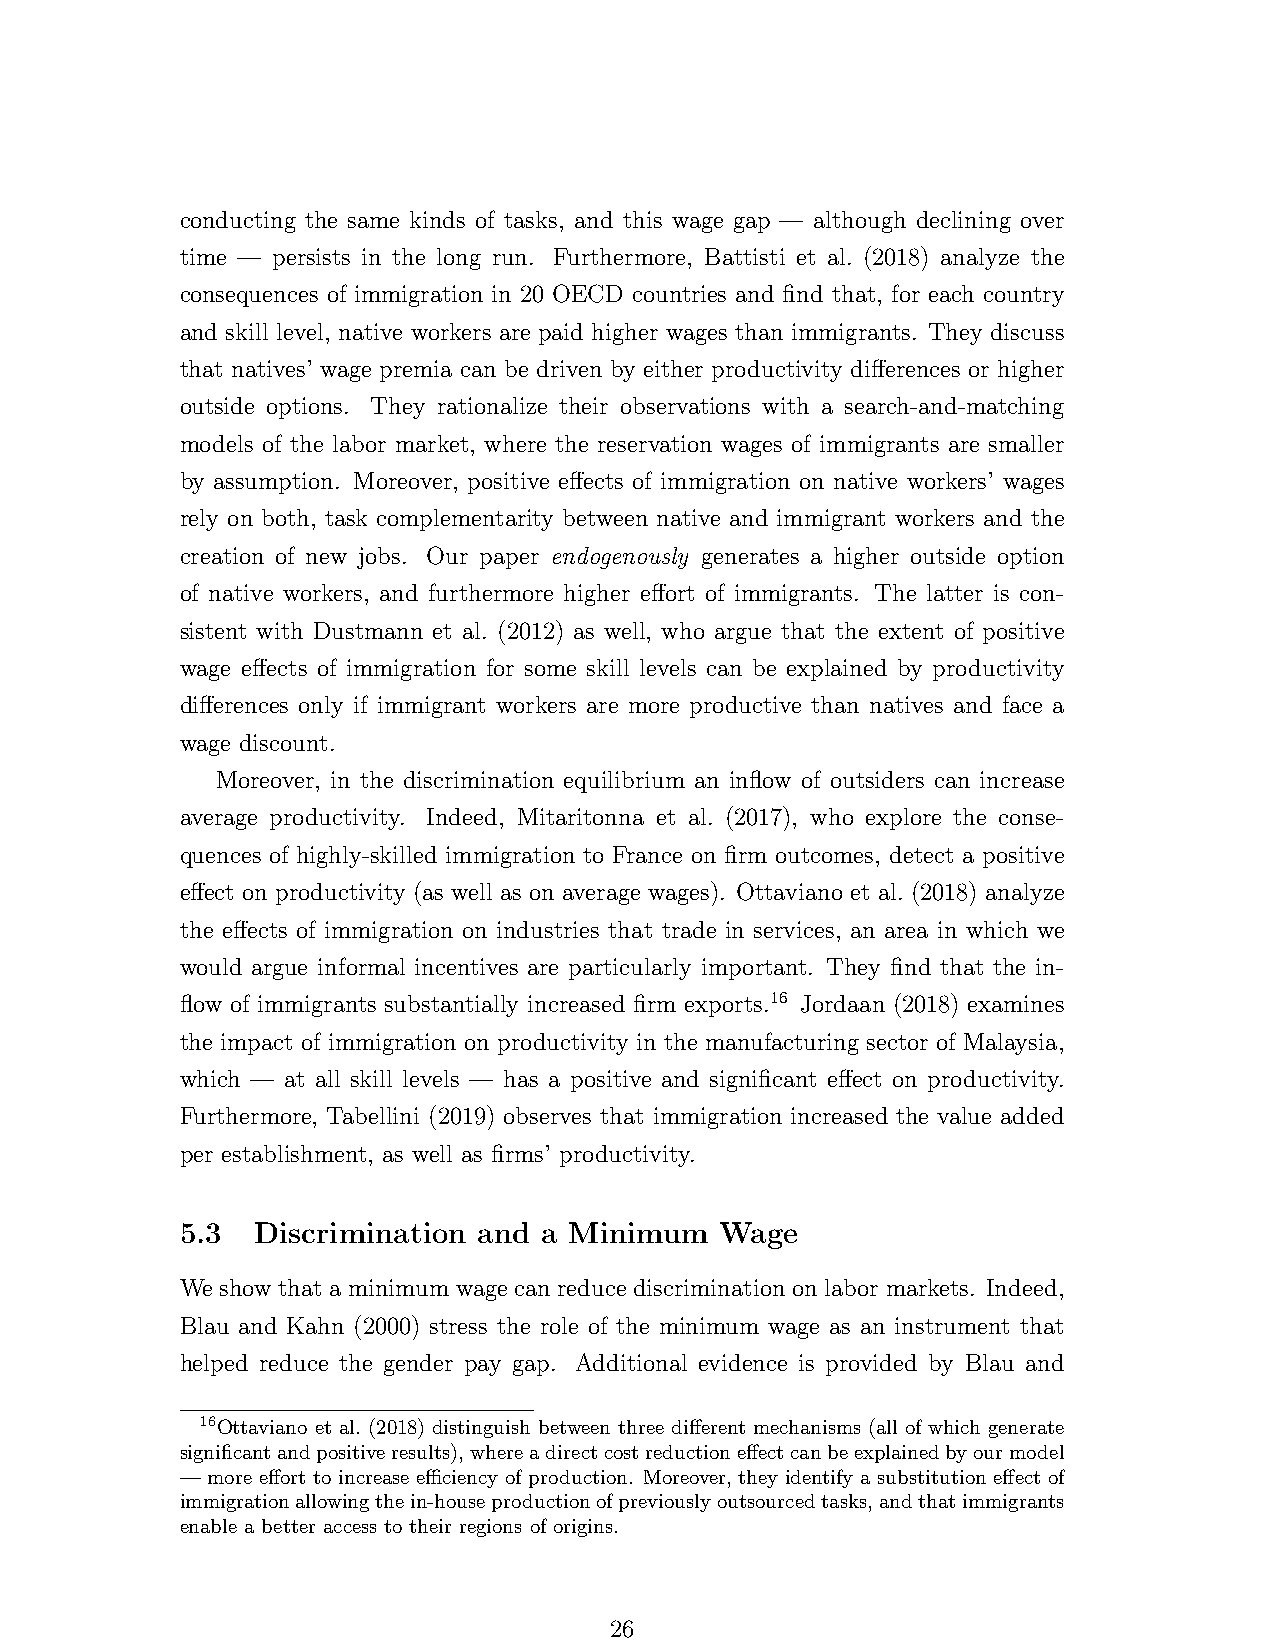
conducting the same kinds of tasks, and this wage gap — although declining over
 time — persists in the long run. Furthermore, Battisti et al. (2018) analyze the
 consequences of immigration in 20 OECD countries and find that, for each country
 and skill level, native workers are paid higher wages than immigrants. They discuss
 that natives’ wage premia can be driven by either productivity differences or higher
 outside options. They rationalize their observations with a search-and-matching
 models of the labor market, where the reservation wages of immigrants are smaller
 by assumption. Moreover, positive effects of immigration on native workers’ wages
 rely on both, task complementarity between native and immigrant workers and the
 creation of new jobs. Our paper endogenously generates a higher outside option
 of native workers, and furthermore higher effort of immigrants. The latter is con-
 sistent with Dustmann et al. (2012) as well, who argue that the extent of positive
 wage effects of immigration for some skill levels can be explained by productivity
 differences only if immigrant workers are more productive than natives and face a
 wage discount.
 Moreover, in the discrimination equilibrium an inflow of outsiders can increase
 average productivity. Indeed, Mitaritonna et al. (2017), who explore the conse-
 quences of highly-skilled immigration to France on firm outcomes, detect a positive
 effect on productivity (as well as on average wages). Ottaviano et al. (2018) analyze
 the effects of immigration on industries that trade in services, an area in which we
 would argue informal incentives are particularly important. They find that the in-
 flow of immigrants substantially increased firm exports.16 Jordaan (2018) examines
 the impact of immigration on productivity in the manufacturing sector of Malaysia,
 which — at all skill levels — has a positive and significant effect on productivity.
 Furthermore, Tabellini (2019) observes that immigration increased the value added
 per establishment, as well as firms’ productivity.
 5.3  Discrimination and a Minimum   Wage
 We show that a minimum wage can reduce discrimination on labor markets. Indeed,
 Blau and Kahn (2000) stress the role of the minimum wage as an instrument that
 helped reduce the gender pay gap. Additional evidence is provided by Blau and
 16Ottaviano et al. (2018) distinguish between three different mechanisms (all of which generate
 significantandpositiveresults),whereadirectcostreductioneffectcanbeexplainedbyourmodel
 — more effort to increase efficiency of production. Moreover, they identify a substitution effect of
 immigrationallowingthein-houseproductionofpreviouslyoutsourcedtasks,andthatimmigrants
 enable a better access to their regions of origins.
 26